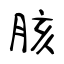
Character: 胲